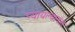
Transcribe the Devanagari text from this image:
प्यायल्यानंतर